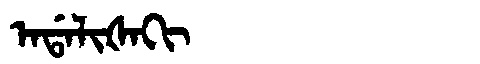
Manchu: ᠠᡩᠠᠯᡳᡧᠠᡴᡳ
Romanization: ADALIŠAKI